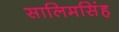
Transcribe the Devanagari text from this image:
सालिमसिंह